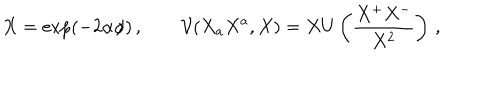
X = \exp ( - 2 \alpha \phi ) \, , \qquad \mathcal { V } ( X _ { a } X ^ { a } , X ) = X U \left( \frac { X ^ { + } X ^ { - } } { X ^ { 2 } } \right) \, ,